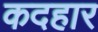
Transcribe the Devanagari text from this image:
कदहार